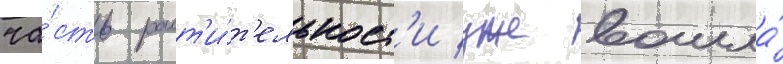
ча́сть раст'и́т'ельност'и уже вошла́